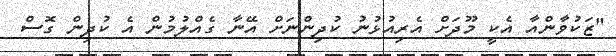
"ޒަކުވާންއާ އެކީ މޫދަށް އެރިއުޅުނު ކުދިންނަށް އޭނާ ގެއްލުމުން އެ ކުދިން ގޮސް